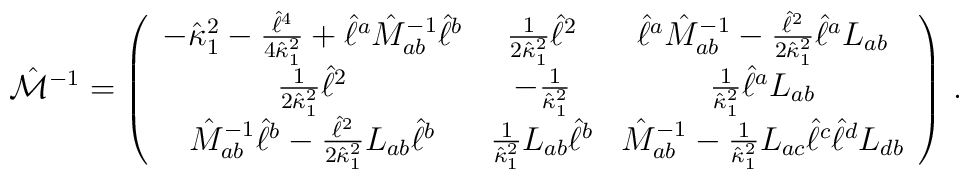
{\hat{\cal M}}^{-1} = \left ( \begin{array}{ccc} -{{\hat\kappa}_1}^2 - {{\hat{\ell}}^4  \over 4{{\hat\kappa}_1}^2}         + {\hat\ell}^a {\hat{M}}_{ab}^{-1} {\hat\ell}^b  &    {1 \over 2{{\hat\kappa}_1}^2} {\hat\ell}^2 &   {\hat\ell}^a {\hat{M}}_{ab}^{-1} - { {\hat\ell}^2          \over 2{{\hat\kappa}_1}^2} {\hat\ell}^a {L}_{ab} \\   {1 \over 2{{\hat\kappa}_1}^2} {\hat\ell}^2 &   - {1 \over {{\hat\kappa}_1}^2} &  {1 \over {{\hat\kappa}_1}^2} {\hat\ell}^a {L}_{ab} \\  {\hat{M}}_{ab}^{-1} {\hat\ell}^b -       {{\hat\ell}^2 \over 2{{\hat\kappa}_1}^2} {L}_{ab}{\hat\ell}^b &  {1 \over {{\hat\kappa}_{1}^2}} {L}_{ab} {\hat\ell}^b &  {\hat{M}}_{ab}^{-1} - {1 \over {{\hat\kappa}_1}^2} {L}_{ac}       {\hat\ell}^c {\hat\ell}^d {L}_{db}\end{array} \right )  \, .